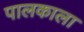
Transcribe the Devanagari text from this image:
पालकाला